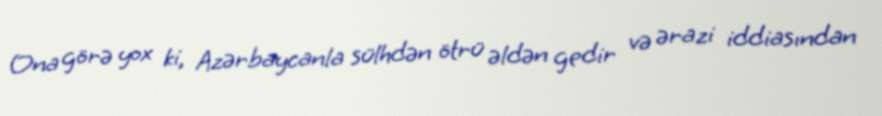
Ona görə yox ki, Azərbaycanla sülhdən ötrü əldən gedir və ərazi iddiasından